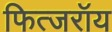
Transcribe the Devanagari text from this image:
फित्जरॉय